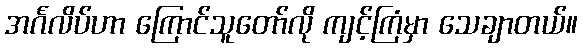
အင်္ဂလိပ်ဟာ ကြောင်သူတော်လို ကျင့်ကြံမှာ သေချာတယ်။